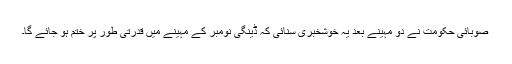
صوبائی حکومت نے دو مہینے بعد یہ خوشخبری سنائی کہ ڈینگی نومبر کے مہینے میں قدرتی طور پر ختم ہو جائے گا۔